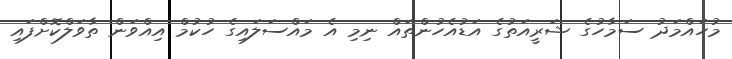
މުހައްމަދު ސަމާހުގެ ޝަރީއަތުގެ އަޑުއެހުންތައް ނިމި އެ މައްސަލައިގެ ހުކުމް އިއްވަން ތާވަލްކޮށްފައި